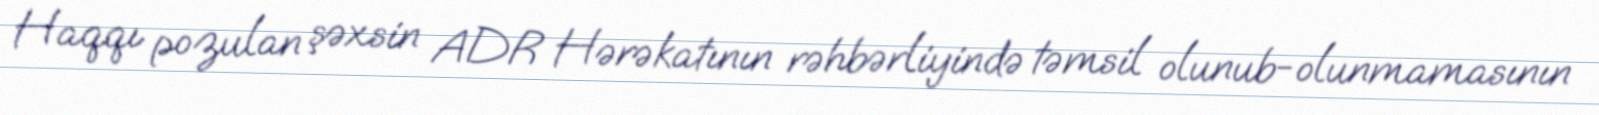
Haqqı pozulan şəxsin ADR Hərəkatının rəhbərliyində təmsil olunub-olunmamasının